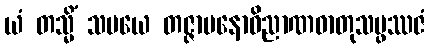
ယံ တသ္မိံ သမယေ တဇ္ဇာမနောဝိညာဏဓာတုသမ္ဖဿဇံ